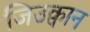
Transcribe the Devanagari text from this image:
जिउक्वान